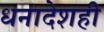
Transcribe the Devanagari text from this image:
धनादेशही